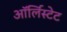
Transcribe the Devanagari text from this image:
ऑर्लिस्टेट